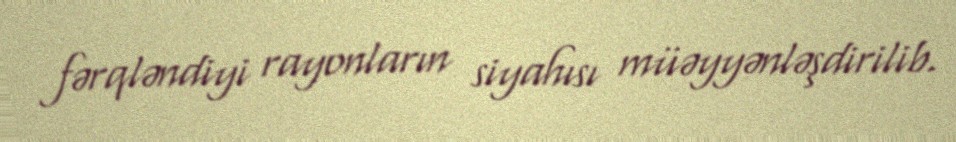
fərqləndiyi rayonların siyahısı müəyyənləşdirilib.